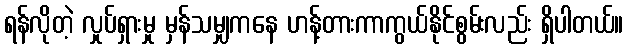
ရန်လိုတဲ့ လှုပ်ရှားမှု မှန်သမျှကနေ ဟန့်တားကာကွယ်နိုင်စွမ်းလည်း ရှိပါတယ်။